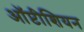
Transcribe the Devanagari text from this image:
ऑप्टीशियन